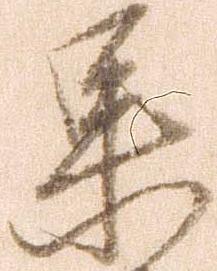
果